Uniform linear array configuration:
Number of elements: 32
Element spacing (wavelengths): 0.25
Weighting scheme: kaiser
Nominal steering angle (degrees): -60
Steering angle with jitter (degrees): -58.381
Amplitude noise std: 0.05
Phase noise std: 0.05

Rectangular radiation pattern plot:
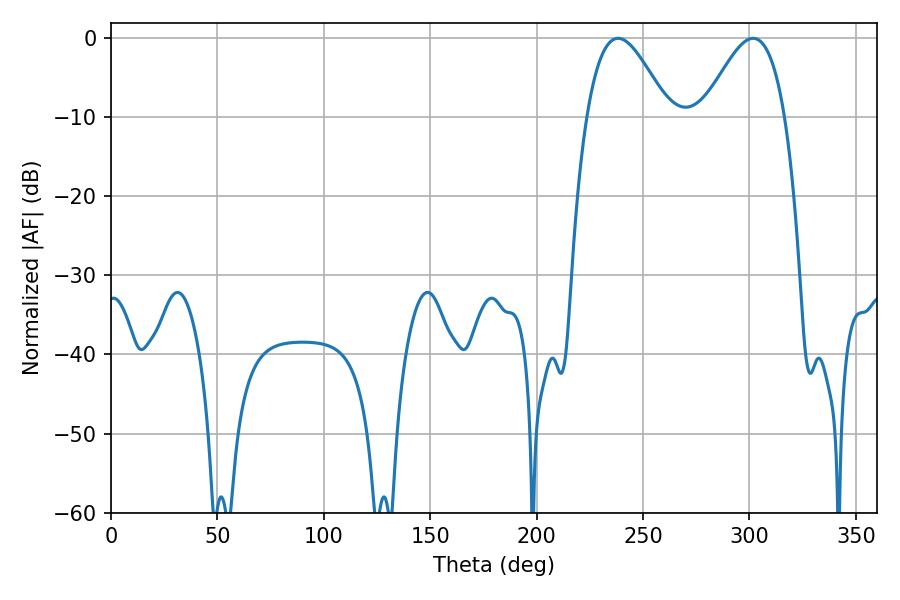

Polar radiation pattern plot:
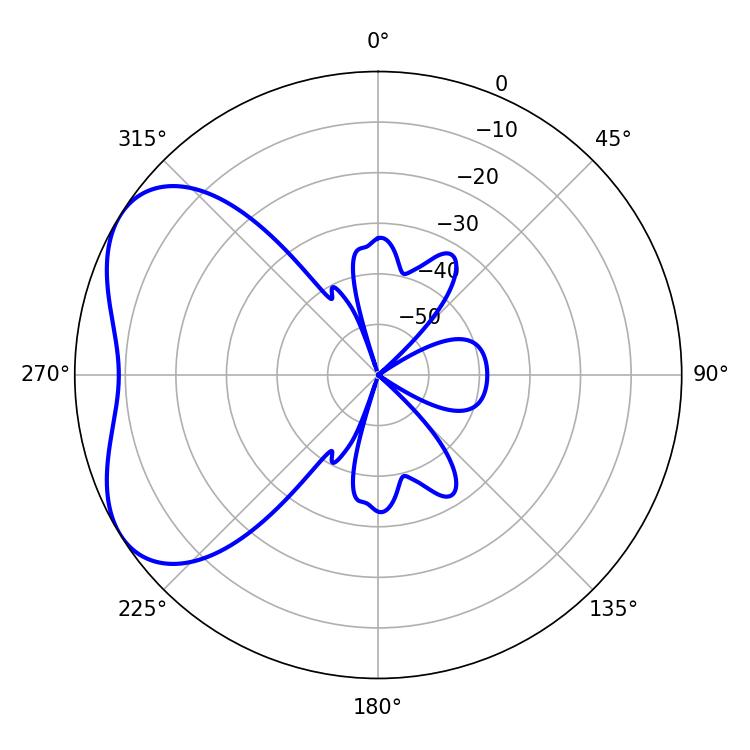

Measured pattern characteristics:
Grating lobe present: FALSE
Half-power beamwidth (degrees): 20.7
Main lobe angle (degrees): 301.68